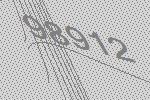
98912